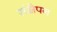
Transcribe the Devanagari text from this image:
संक्षेपन